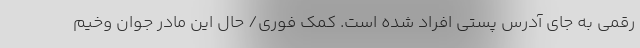
رقمی به جای آدرس پستی افراد شده است. کمک فوری/ حال این مادر جوان وخیم